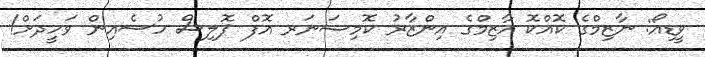
ވީޑިއޯ: ނާޒިމްގެ ކޮއްކޮ އާޒިމްގެ އިންޒާރު ކޮމިޝަނަރ އޮފް ޕޮލިސް ހުސެއިން ވަހީދަށް!